Annual report of the Punjab Veterinary College and of the Civil Veterinary Department, Punjab - 1920-1925
Year: 1920
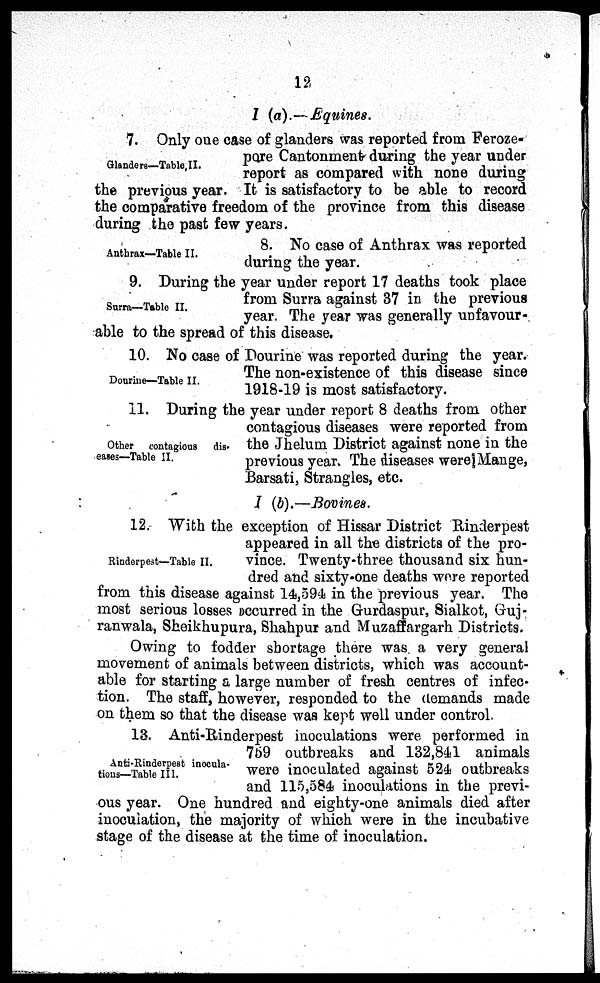
12
1(a).—Equines.
Glanders—Table II.
7. Only one case of glanders was reported from Feroze-
pore Cantonment during the year under
report as compared with none during
the previous year. It is satisfactory to be able to record
the comparative freedom of the province from this disease
during the past few years.
Anthrax—Table II.
8. No case of Anthrax was reported
during the year.
Surra—Table II.
9. During the year under report 17 deaths took place
from Surra against 37 in the previous
year. The year was generally unfavour-.
able to the spread of this disease.
Dourine—Table II.
10. No case of Dourine was reported during the year.
The non-existence of this disease since
1918-19 is most satisfactory.
Other contagious dis-
eases—Table II.
11. During the year under report 8 deaths from other
contagious diseases were reported from
the Jhelum District against none in the
previous year. The diseases were Mange,
Barsati, Strangles, etc.
I (b).—Bovines.
Rinderpest—Table II.
12. With the exception of Hissar District Rinderpest
appeared in all the districts of the pro-
vince. Twenty-three thousand six hun-
dred and sixty-one deaths were reported
from this disease against 14,594 in the previous year. The
most serious losses occurred in the Gurdaspur, Sialkot, Guj-
ranwala, Sheikhupura, Shahpur and Muzaffargarh Districts.
Owing to fodder shortage there was. a very general
movement of animals between districts, which was account-
able for starting a large number of fresh centres of infec-
tion. The staff, however, responded to the demands made
on them so that the disease was kept well under control.
Anti-Rinderpest inocula-
tions—Table III.
13. Anti-Rinderpest inoculations were performed in
759 outbreaks and 132,841 animals
were inoculated against 524 outbreaks
and 115,584 inoculations in the previ-
ous year. One hundred and eighty-one animals died after
inoculation, the majority of which were in the incubative
stage of the disease at the time of inoculation.